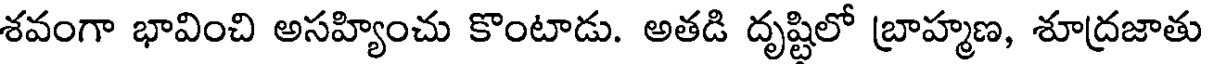
శవంగా భావించి అసహ్యించు కొంటాడు. అతడి దృష్టిలో బ్రాహ్మణ, శూద్రజాతు